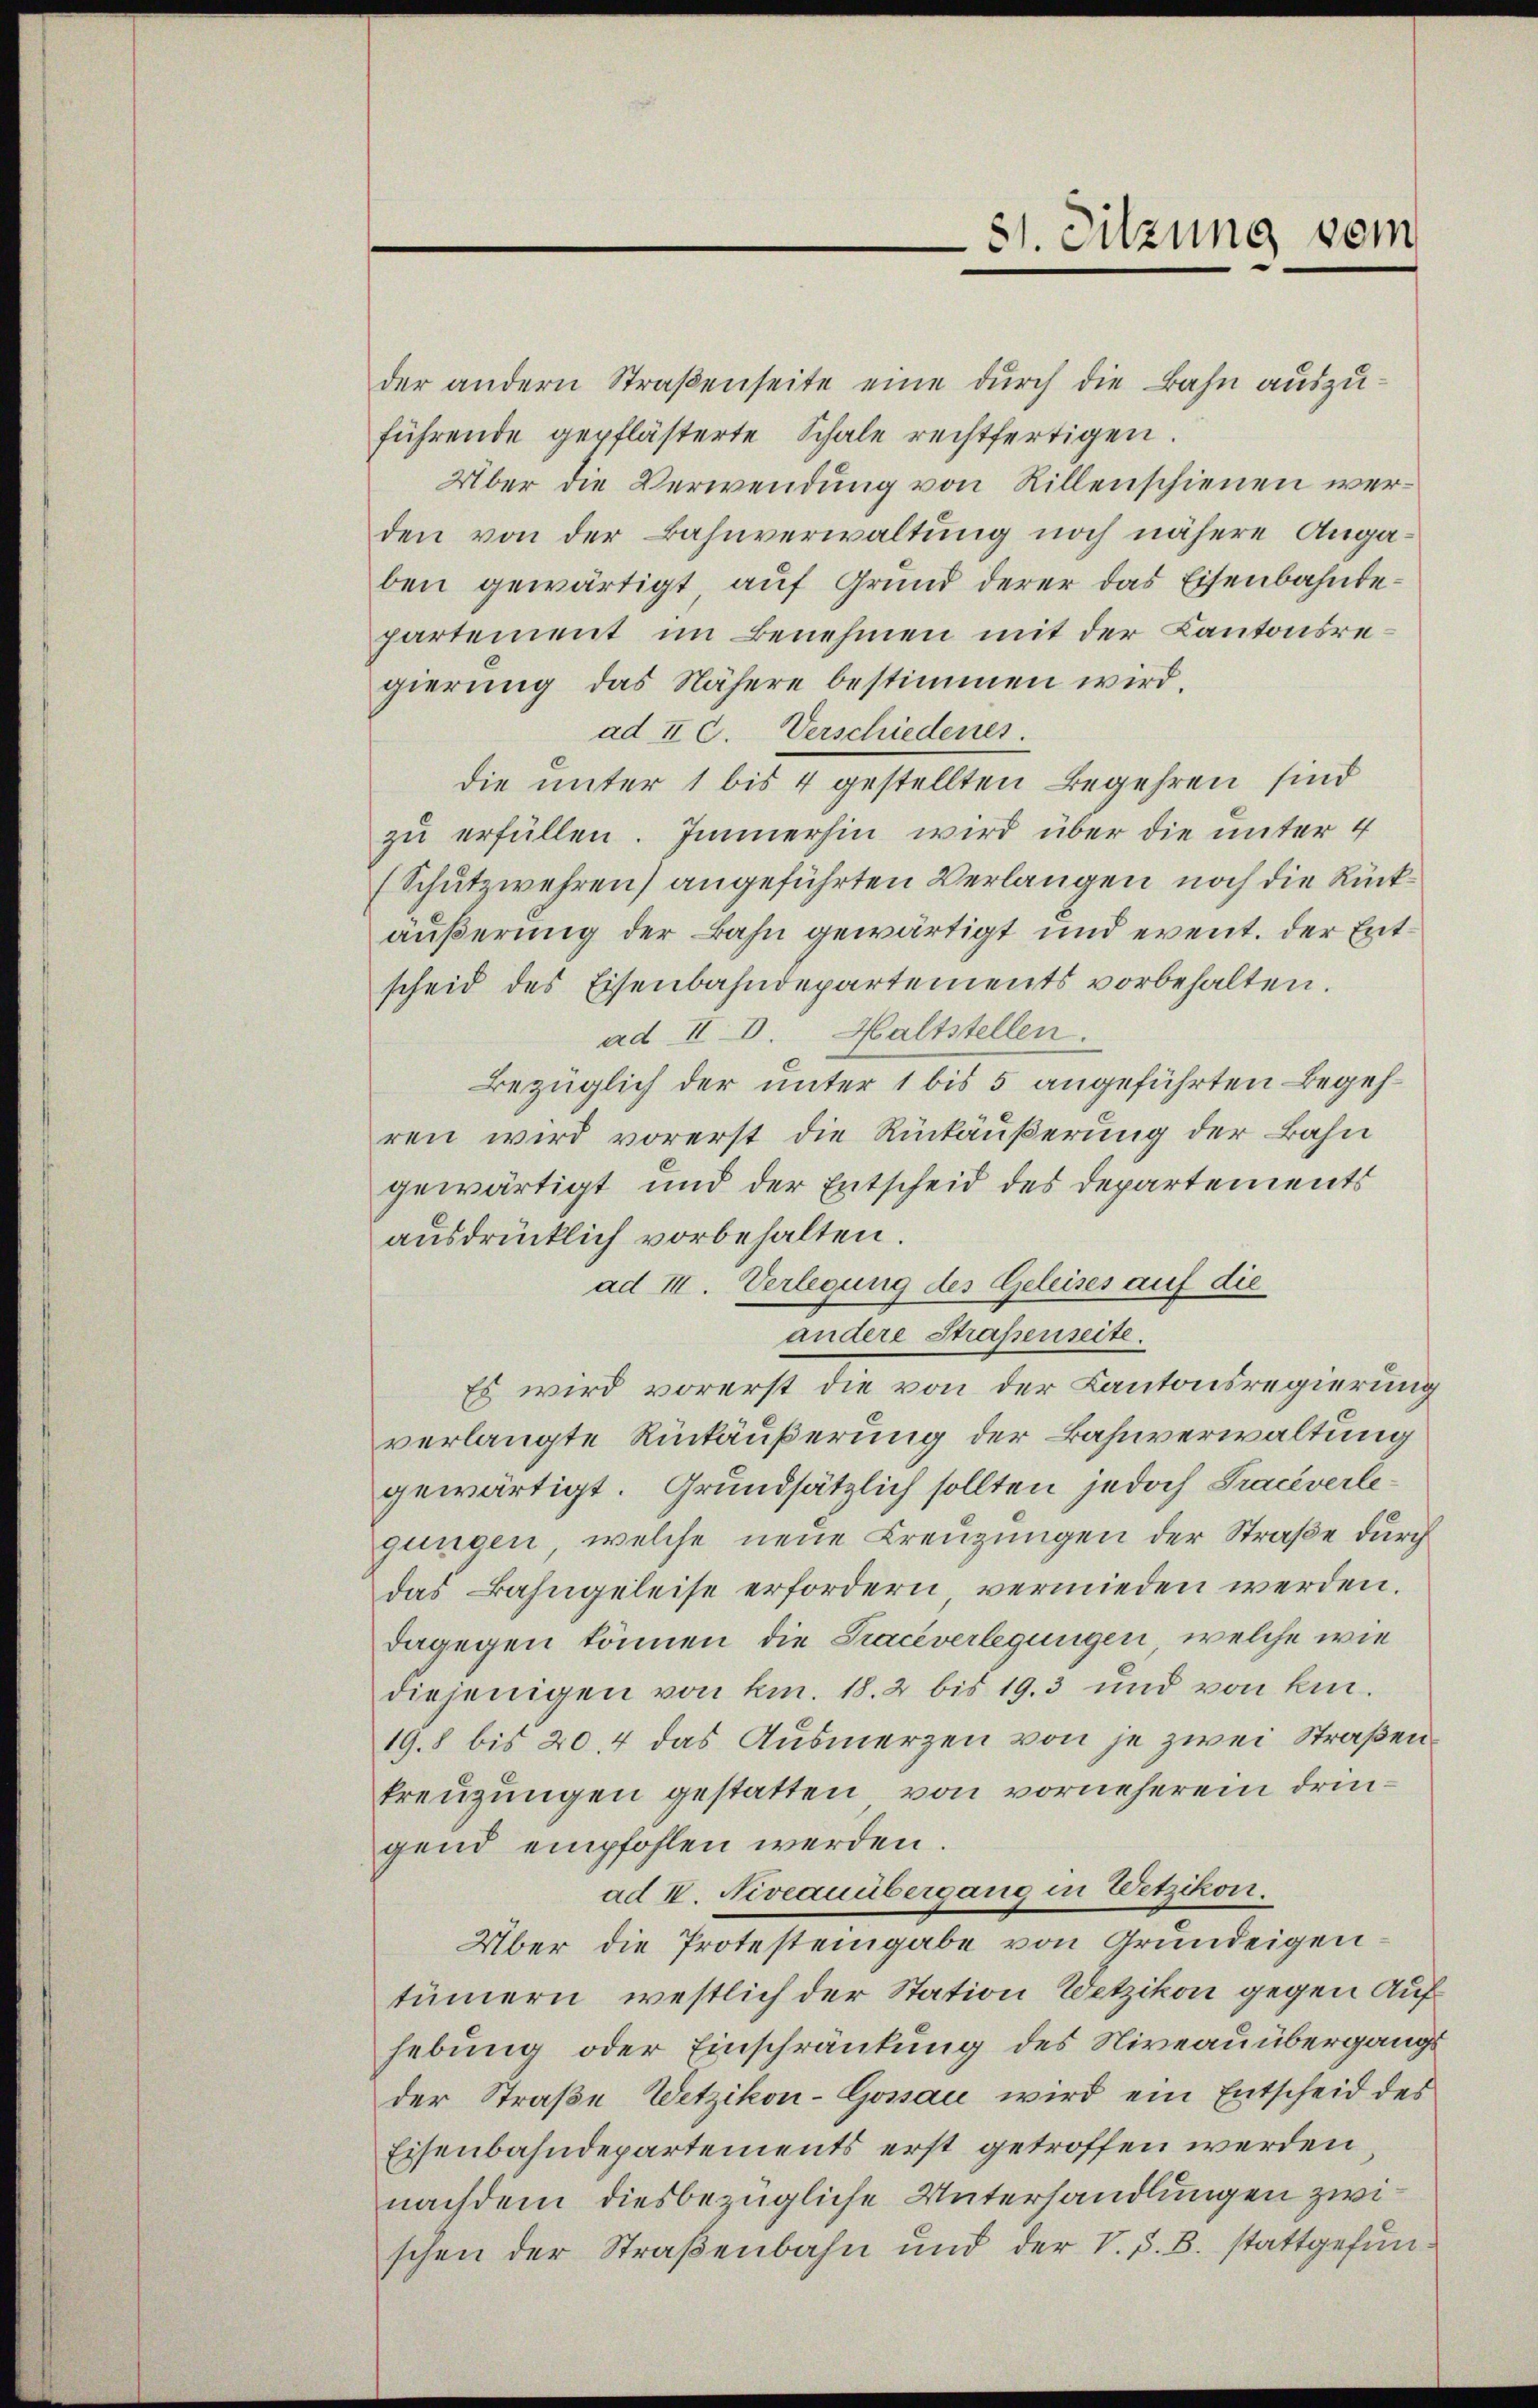
der andern Straßenseite eine durch die Bahn auszuführende gepflästerte Schale rechtfertigen
Über die Verwendung von Rillenschienen werden von der Bahnverwaltung noch nähere Angaben gewärtigt, auf Grund derer das Eisenbahntepartement im Benehmen mit der Kantonsregierung das Nähere bestimmen wird.
ad II C. Verschiedenes.
die unter 1 bis 4 gestellten Begehren sind
zŭ erfüllen. Immerhin wird über die unter 4
(Schutzwehren) angeführten Verlangen noch die Rückäußerung der Bahn gewärtigt und event. der Entscheid des Eisenbahndepartements vorbehalten.
ad III. Haltstellen.
Bezüglich der unter 1 bis 5 angeführten Begehren wird vorerst die Rückäußerung der Bahn
gewärtigt und der Entscheid des Departements
ausdrücklich vorbehalten.
ad III. Verlegung des Geleises auf die
andere Strafenseite.
Es wird vorerst die von der Kantonsregierung
verlangte Rückäußerung der Bahnverwaltung
gewärtigt. Grundsätzlich sollten jedoch Traceverlegungen, welche neue Kreuzungen der Straße durch
das Bahngeleise erfordern vermieden werden.
dagegen können die Traceverlegungen, welche wie
diejenigen von km. 18. 2 bis 193 und von kin¬
19.8 bis 20. 4 das Ausmerzen von je zwei Straßenkreuzungen gestatten, von vorneherein dringend empfohlen werden.
ad IV. Niveauübergang in Wetzikon.
Über die Protesteingabe von Grundeigentümern, westlich der Station Wetzikon gegen Aufhebung oder Einschränkung des Niveauübergangs
der Straße Wetzikon-Gossau wird ein Entscheid des
Eisenbahndepartements erst getroffen werden
nachdem diesbezügliche Unterhandlungen zwischen der Straßenbahn und der V. P. B. stattgefun¬

31. Sitzung vom